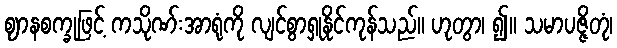
ဈာနစက္ခုဖြင့် ကသိုဏ်းအာရုံကို လျင်စွာရှုနိုင်ကုန်သည်။ ဟုတွာ၊ ၍။ သမာပဇ္ဇိတုံ၊